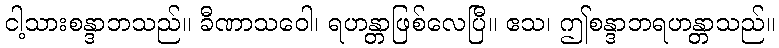
ငါ့သားစန္ဒာဘသည်။ ခီဏာသဝေါ၊ ရဟန္တာဖြစ်လေပြီ။ ဧသ၊ ဤစန္ဒာဘရဟန္တာသည်။